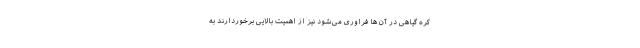
کره گیاهی در آن ها فراوری می‌شود نیز از اهمیت بالایی برخوردارند به